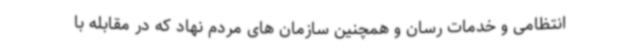
انتظامی و خدمات رسان و همچنین سازمان های مردم نهاد که در مقابله با